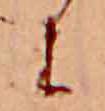
に